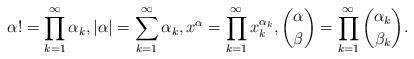
LaTeX: \begin{align*} \alpha!=\prod_{k=1}^{\infty}\alpha_{k},\left| \alpha\right| = \sum_{k=1}^{\infty}\alpha_{k}, x^{\alpha}=\prod_{k=1}^{\infty}x_{k}^{\alpha_{k}},\binom{\alpha}{\beta}= \prod_{k=1}^{\infty}\binom{\alpha_{k}}{\beta_{k}}.\end{align*}